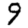
Digit: 9